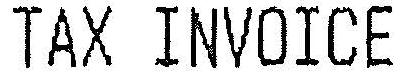
TAX INVOICE